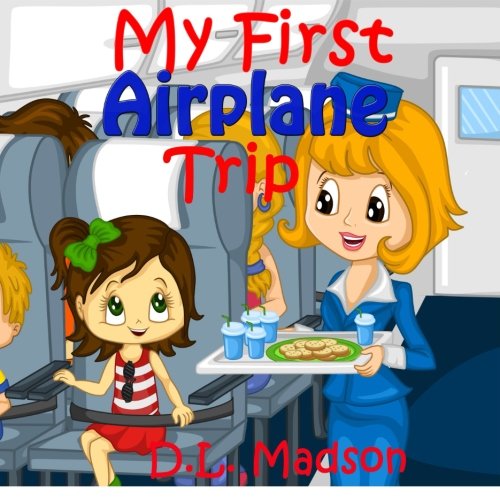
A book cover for My First Airplane Trip; D. L. Madson; Children's Books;